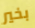
بخير